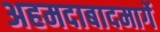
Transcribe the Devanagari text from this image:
अहमदाबादमार्गे